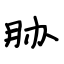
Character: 胁